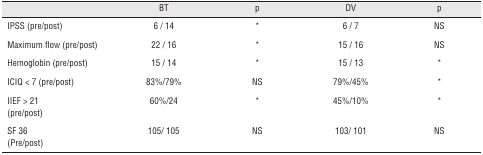
<table><thead><tr><td><b> </b></td><td><b>BT</b></td><td><b>p</b></td><td><b>DV</b></td><td><b>p</b></td></tr></thead><tbody><tr><td>IPSS (pre/post)</td><td>6 / 14</td><td>*</td><td>6 / 7</td><td>NS</td></tr><tr><td>Maximum flow (pre/post)</td><td>22 / 16</td><td>*</td><td>15 / 16</td><td>NS</td></tr><tr><td>Hemoglobin (pre/post)</td><td>15 / 14</td><td>*</td><td>15 / 13</td><td>*</td></tr><tr><td>ICIQ &lt; 7 (pre/post)</td><td>83%/79%</td><td>NS</td><td>79%/45%</td><td>*</td></tr><tr><td>IIEF &gt; 21 (pre/post)</td><td>60%/24</td><td>*</td><td>45%/10%</td><td>*</td></tr><tr><td>SF 36 (Pre/post)</td><td>105/ 105</td><td>NS</td><td>103/ 101</td><td>NS</td></tr></tbody></table>